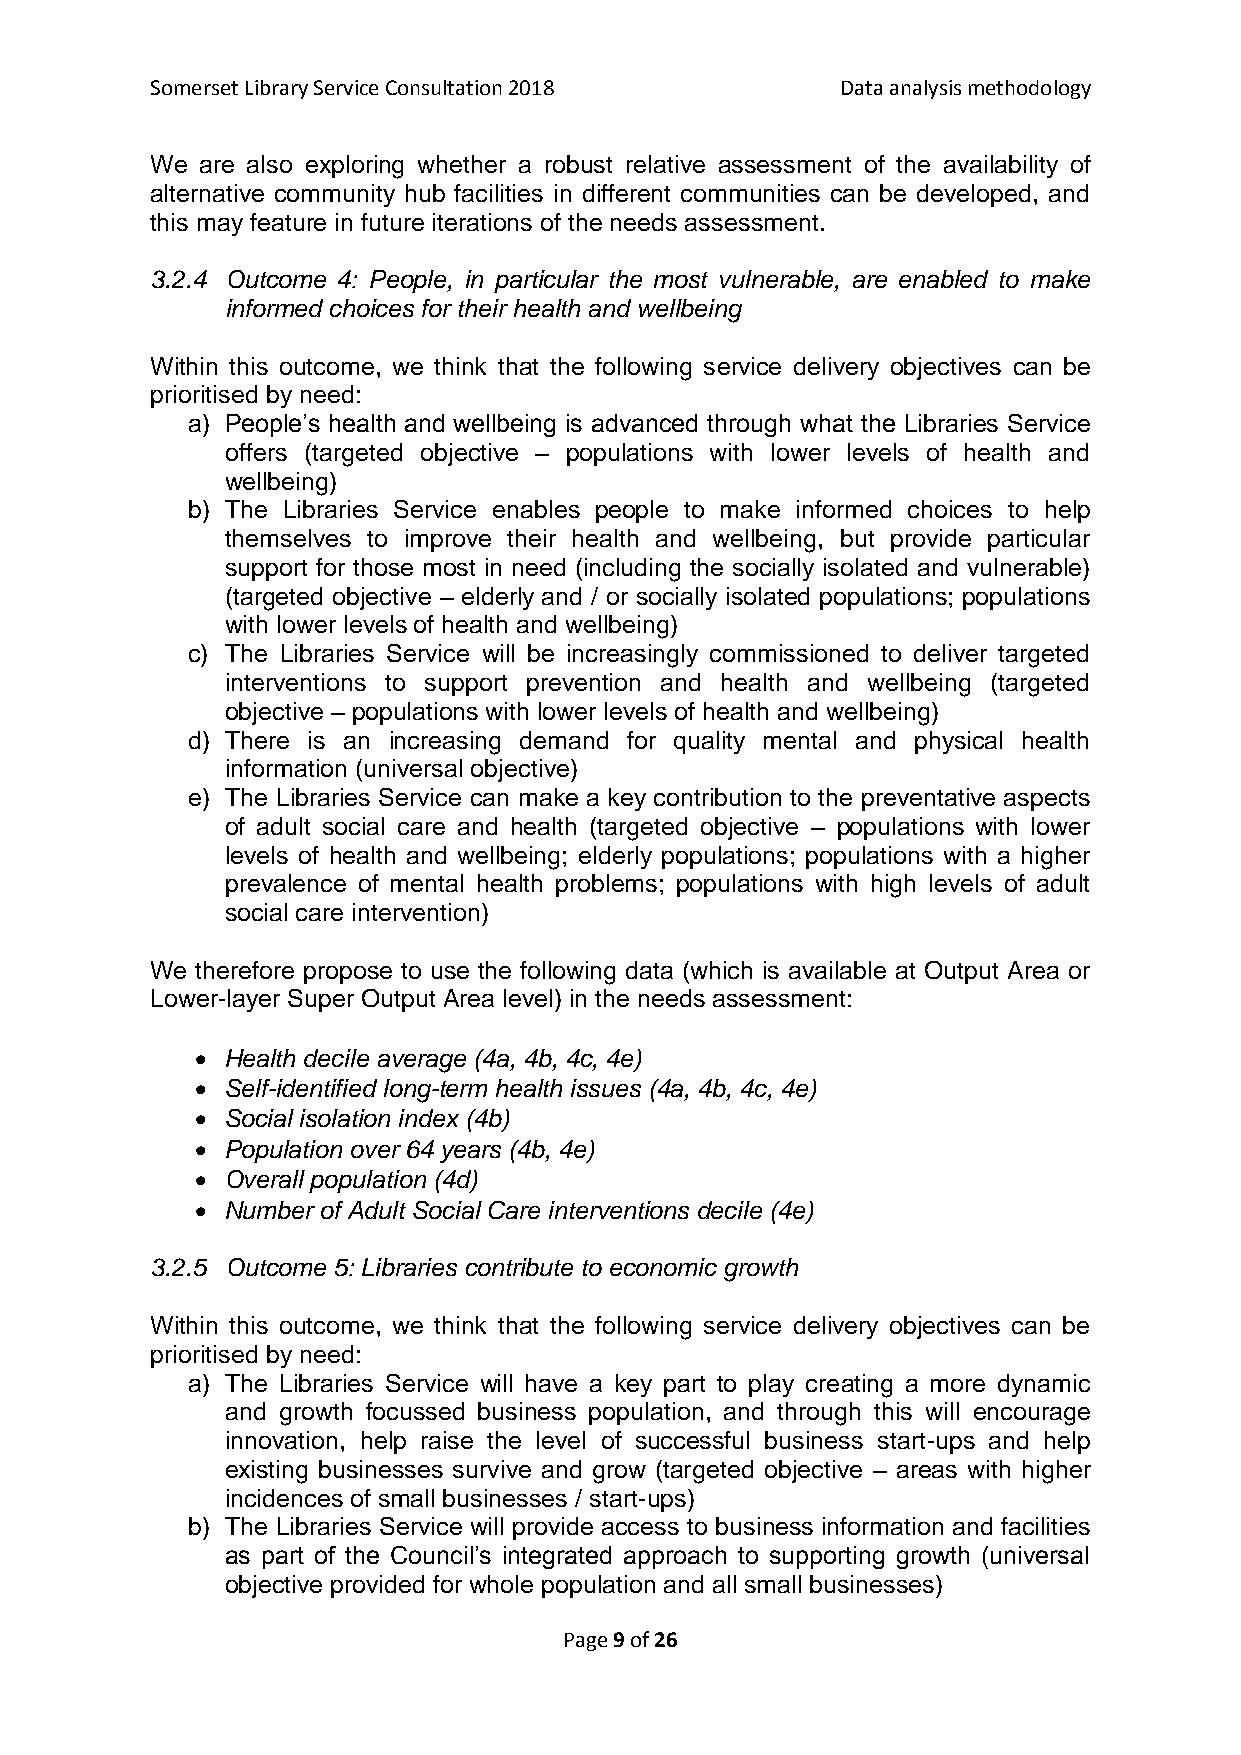
Somerset Library Service Consultation 2018    Data analysis methodology
 We are also exploring whether a robust relative assessment of the availability of
 alternative community hub facilities in different communities can be developed, and
 this may feature in future iterations of the needs assessment.
 3.2.4 Outcome 4: People, in particular the most vulnerable, are enabled to make
 informed choices for their health and wellbeing
 Within this outcome, we think that the following service delivery objectives can be
 prioritised by need:
 a) People’s health and wellbeing is advanced through what the Libraries Service
 offers (targeted objective – populations with lower levels of health and
 wellbeing)
 b) The Libraries Service enables people to make informed choices to help
 themselves to improve their health and wellbeing, but provide particular
 support for those most in need (including the socially isolated and vulnerable)
 (targeted objective – elderly and / or socially isolated populations; populations
 with lower levels of health and wellbeing)
 c) The Libraries Service will be increasingly commissioned to deliver targeted
 interventions to support prevention and health and wellbeing (targeted
 objective – populations with lower levels of health and wellbeing)
 d) There is an increasing demand for quality mental and physical health
 information (universal objective)
 e) The Libraries Service can make a key contribution to the preventative aspects
 of adult social care and health (targeted objective – populations with lower
 levels of health and wellbeing; elderly populations; populations with a higher
 prevalence of mental health problems; populations with high levels of adult
 social care intervention)
 We therefore propose to use the following data (which is available at Output Area or
 Lower-layer Super Output Area level) in the needs assessment:
  Health decile average (4a, 4b, 4c, 4e)
  Self-identified long-term health issues (4a, 4b, 4c, 4e)
  Social isolation index (4b)
  Population over 64 years (4b, 4e)
  Overall population (4d)
  Number of Adult Social Care interventions decile (4e)
 3.2.5 Outcome 5: Libraries contribute to economic growth
 Within this outcome, we think that the following service delivery objectives can be
 prioritised by need:
 a) The Libraries Service will have a key part to play creating a more dynamic
 and growth focussed business population, and through this will encourage
 innovation, help raise the level of successful business start-ups and help
 existing businesses survive and grow (targeted objective – areas with higher
 incidences of small businesses / start-ups)
 b) The Libraries Service will provide access to business information and facilities
 as part of the Council’s integrated approach to supporting growth (universal
 objective provided for whole population and all small businesses)
 Page 9 of 26